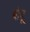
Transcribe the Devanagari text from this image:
बोचू